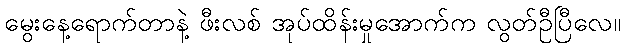
မွေးနေ့ရောက်တာနဲ့ ဖီးလစ် အုပ်ထိန်းမှုအောက်က လွတ်ဦပြီလေ။